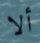
ألا